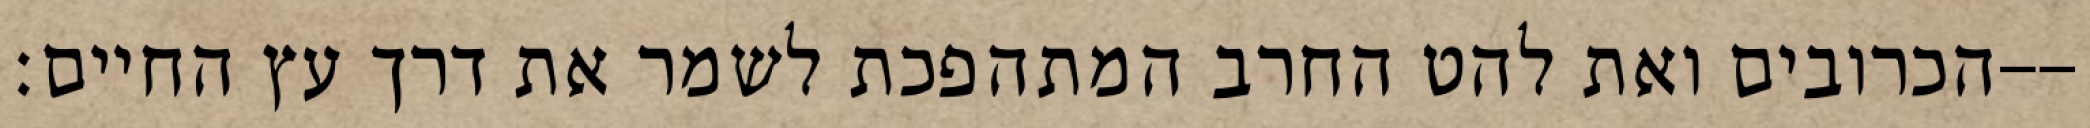
הכרובים ואת להט החרב המתהפכת לשמר את דרך עץ החיים׃--